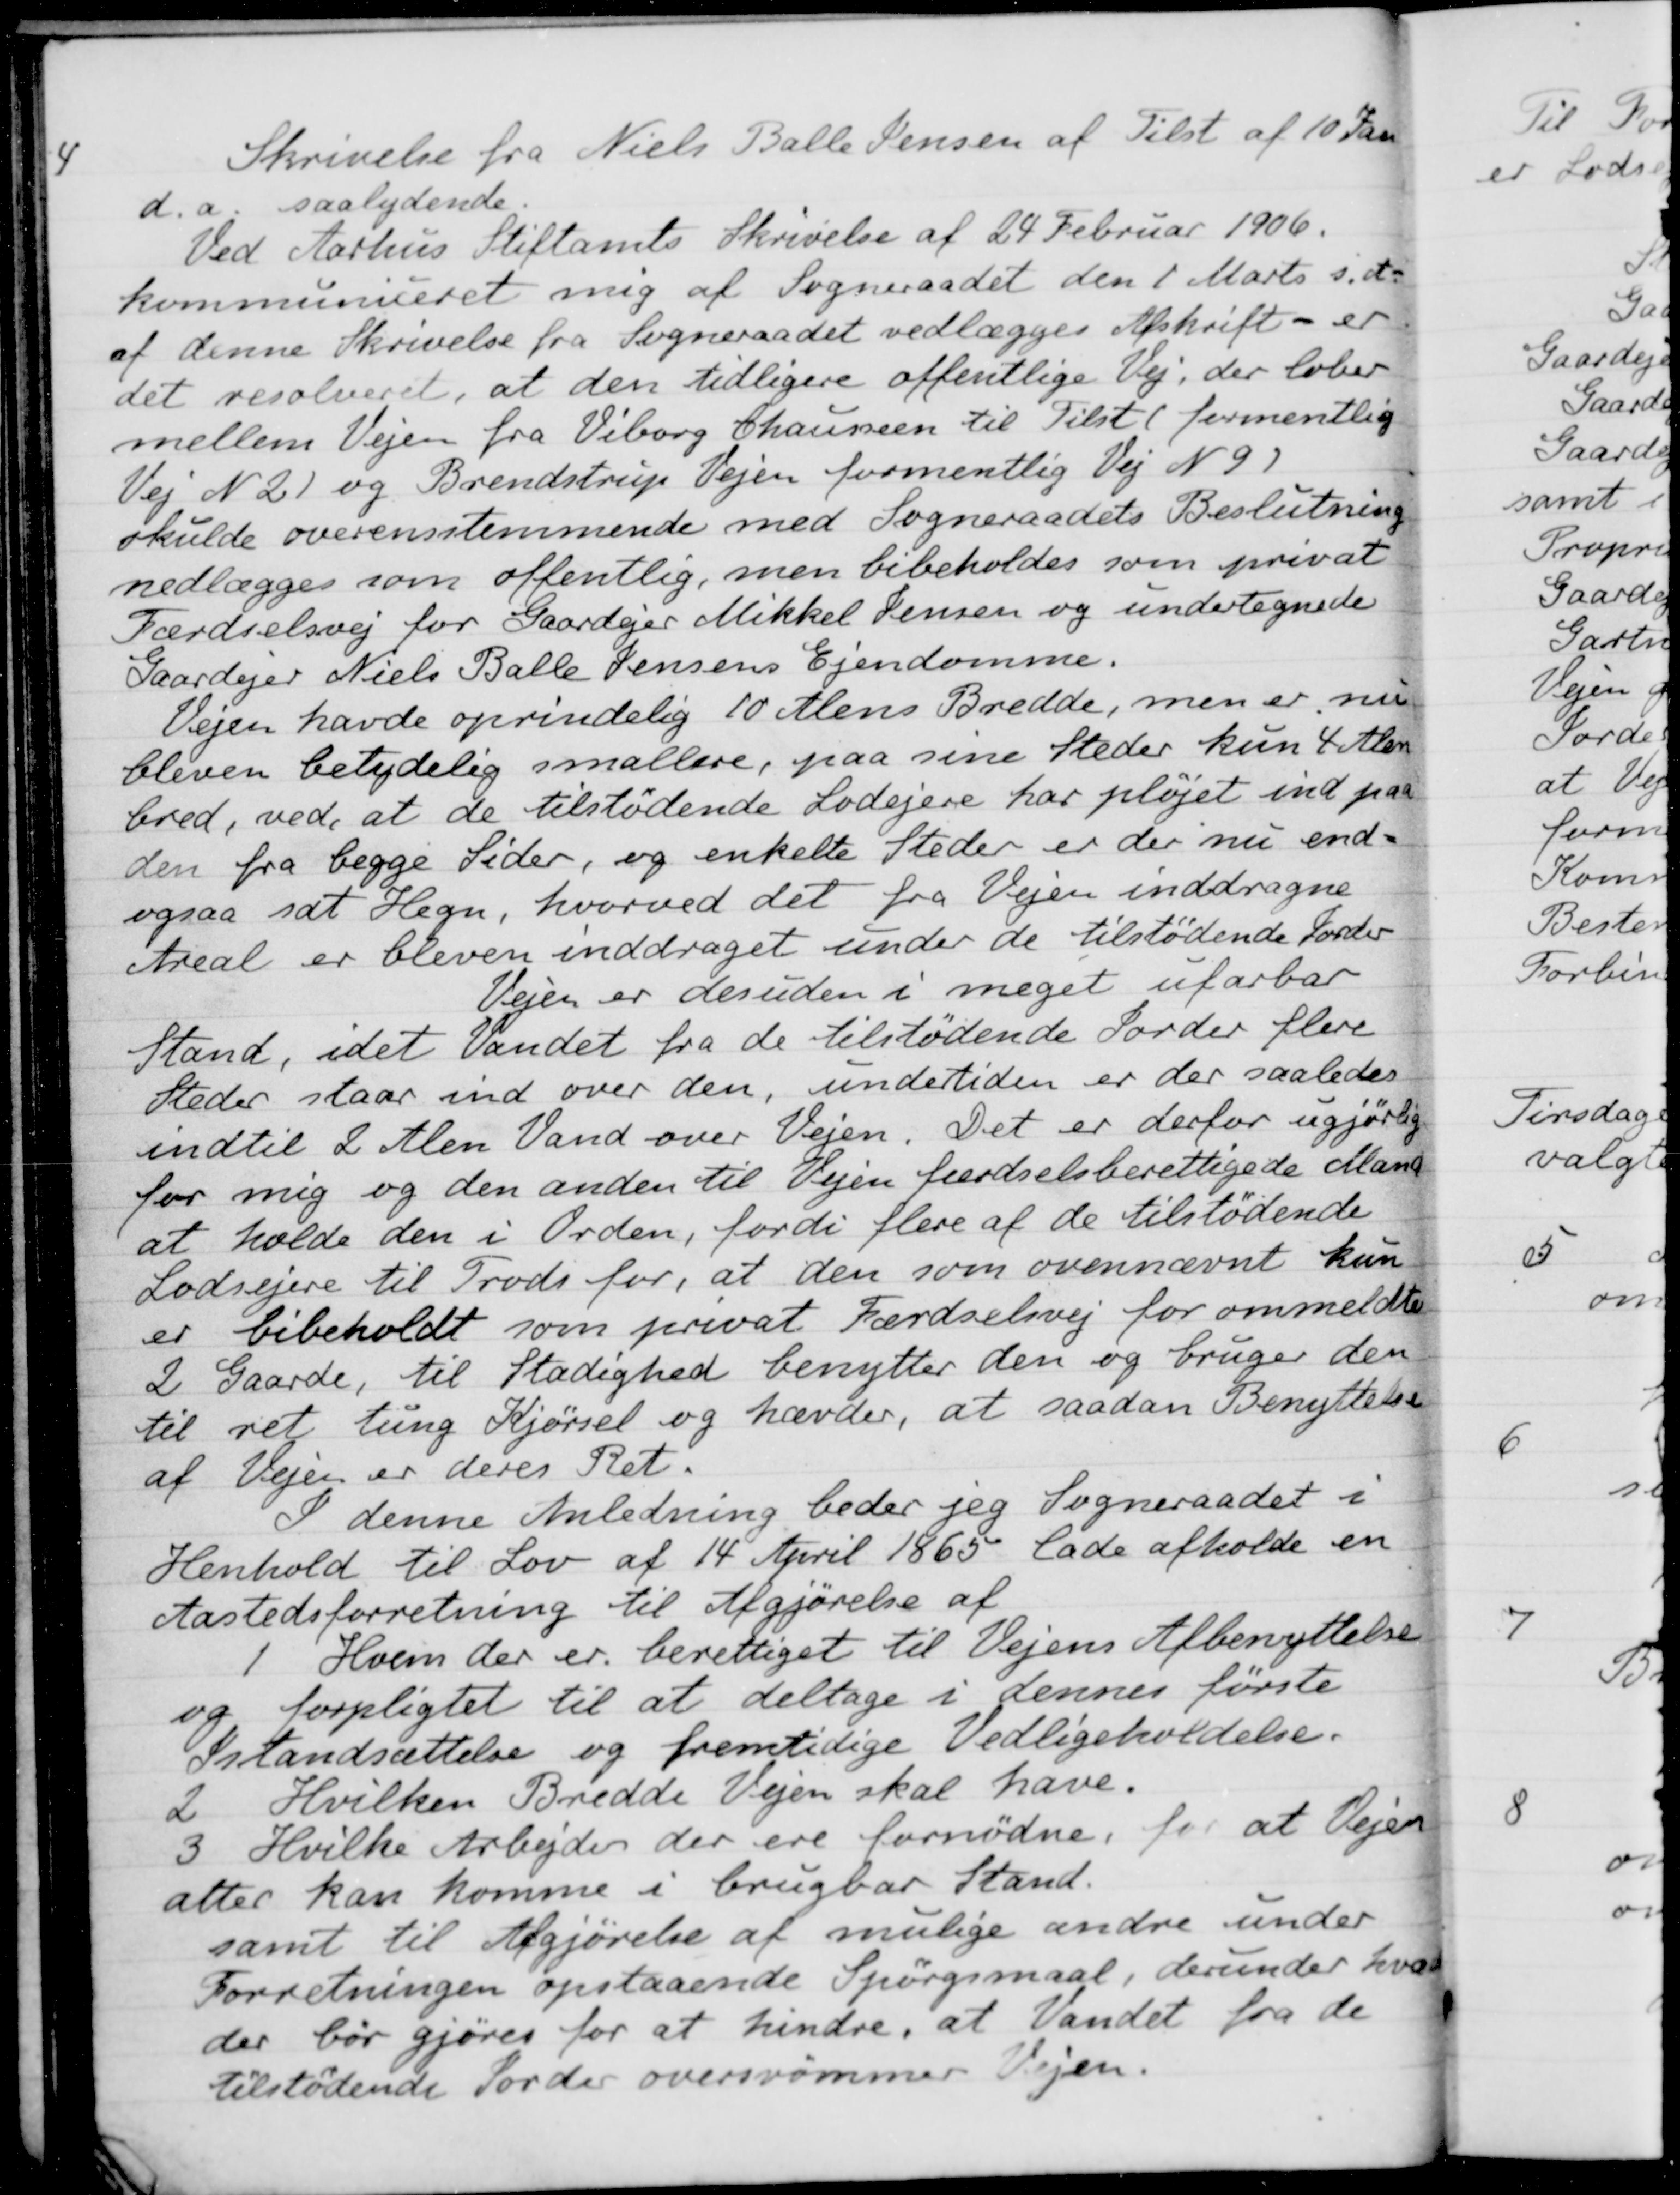
Transskription:
4
Skrivelse fra Niels Balle Jensen af Tilst af 10 Jan
d.a. saalydende
Ved Aarhus Stiftamts Skrivelse af 24 Februar 1906.
kommuniceret mig af Sogneraadet den 1 Marts s. A.
af denne Skrivelse fra Sogneraadet vedlægges Afskrift - er
det resolveret, at den tidligere offentlige Vej, der løber
mellem Vejen fra Viborg Chausseen til Tilst (formentlig
Vej N 2) og Brendstrup Vejen formentlig Vej N 9)
skulde overensstemmende med Sogneraadets Beslutning
nedlægges som offentlig, men bibeholdes som privat
Færdselsvej for Gaardejer Mikkel Jensen og undertegnede
Gaardejer Niels Balle Jensens Ejendomme.
Vejen havde oprindelig 10 Alens Bredde, men er nu
bleven betydelig smallere, paa sine Steder kun 4 Alen
bred, ved at de tilstødende Lodejere har pløjet ind paa
den fra begge Sider, og enkelte Steder er der nu end-
ogsaa sat Hegn, hvorved det fra Vejen inddragne
Areal er bleven inddraget under de tilstødende Jorder
Vejen er desuden i meget ufarbar
Stand, idet Vandet fra de tilstødende Jorder flere
Steder staar ind over den, undertiden er der saaledes
indtil 2 Alen Vand over Vejen. Det er derfor ugjørlig
for mig og den anden til Vejen færdselsberettigede Mand
at holde den i Orden, fordi flere af de tilstødende
Lodsejere til Trods for, at den som ovennævnt kun
er bibeholdt som privat Færdselsvej for ommeldte
2 Gaarde, til Stadighed benytter den og bruger den
til ret tung Kjørsel og havder, at saadan Benyttelse
af Vejen er deres Ret.
I denne Anledning beder jeg Sogneraadet i
Henhold til Lov af 14 April 1865 lade afholde en
Aastedsforretning til Afgjørelse af 
1
Hvem der er berettiget til Vejens Afbenyttelse
og forpligtet til at deltage i dennes første
Istandsættelse og fremtidige Vedligeholdelse.
2
Hvilken Bredde Vejen skal have.
3
Hvilke Arbejder der ere fornødne, for at Vejen
atter kan komme i brugbar Stand.
samt til Afgjørelse af mulige andre under
Forretningen opstaaende Spørgsmaal, derunder hvad
der bør gjøres for at hindre, at Vandet fra de
tilstødende Sorder oversvømmer Vejen